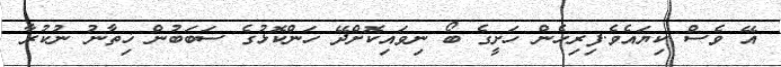
އޭ ވެސް ކިޔައެވެ.ފިރިހެން ހަށީގެ ބޯ ނިވައިކޮށްދޭ ހަންކޮޅުގެ ސަބަބުން ޚިތާނު ނުކުރާ